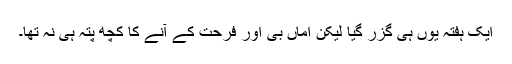
ایک ہفتہ یوں ہی گزر گیا لیکن اماں بی اور فرحت کے آنے کا کچھ پتہ ہی نہ تھا۔